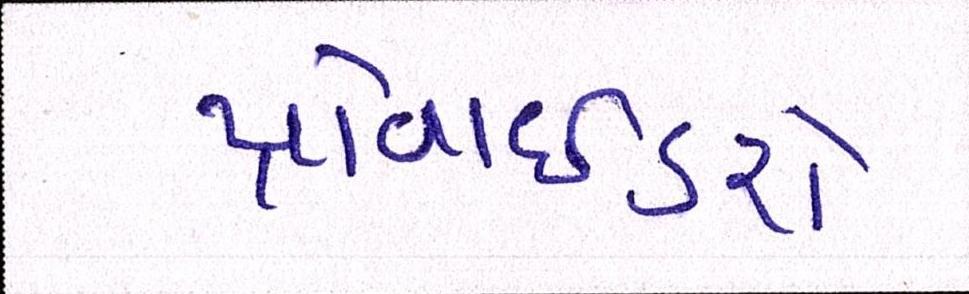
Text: પ્રોવાઈડરો